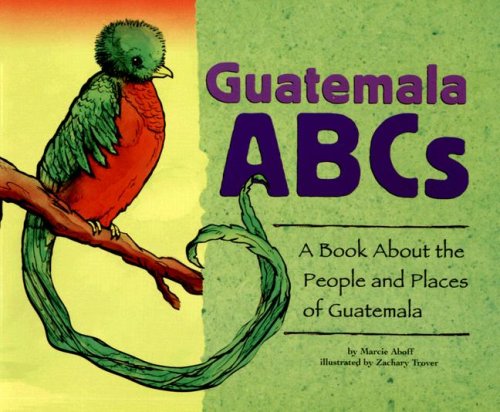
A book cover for Guatemala ABCs: A Book About the People and Places of Guatemala (Country ABCs); Marcie Aboff; Children's Books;